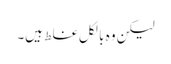
لیکن وہ بالکل غلط ہیں۔